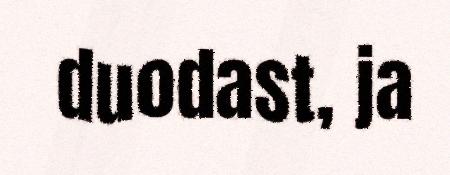
duodast, ja